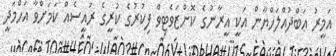
އަމީރު ޢަބްދުއްލަހްޔާން އަކީ އީރާނުގެ ކޮންޒަވެޓިވް ފިކުރުގެ ކުރީގެ ރައީސެއް ކަމަށްވާ އަހްމަދީ